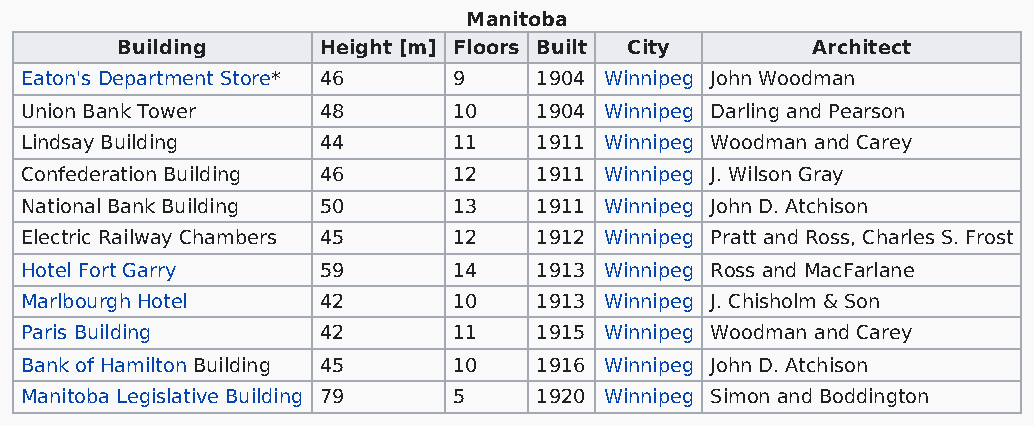
Manitoba
 Building     Height [m] Floors Built City     Architect
 Eaton's Department Store* 46 9    1904 Winnipeg John Woodman
 Union Bank Tower    48       10   1904 Winnipeg Darling and Pearson
 Lindsay Building    44       11   1911 Winnipeg Woodman and Carey
 Confederation Building 46    12   1911 Winnipeg J. Wilson Gray
 National Bank Building 50    13   1911 Winnipeg John D. Atchison
 Electric Railway Chambers 45 12   1912 Winnipeg Pratt and Ross, Charles S. Frost
 Hotel Fort Garry    59       14   1913 Winnipeg Ross and MacFarlane
 Marlbourgh Hotel    42       10   1913 Winnipeg J. Chisholm & Son
 Paris Building      42       11   1915 Winnipeg Woodman and Carey
 Bank of Hamilton Building 45 10   1916 Winnipeg John D. Atchison
 Manitoba Legislative Building 79 5 1920 Winnipeg Simon and Boddington